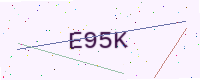
Text: E95K